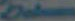
Deleen